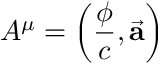
A ^ { \mu } = \left( { \frac { \phi } { c } } , { \vec { \mathbf { a } } } \right)